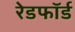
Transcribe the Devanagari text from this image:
रेडफाॅर्ड